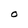
Character: 0